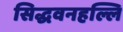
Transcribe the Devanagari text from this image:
सिद्धवनहल्लि